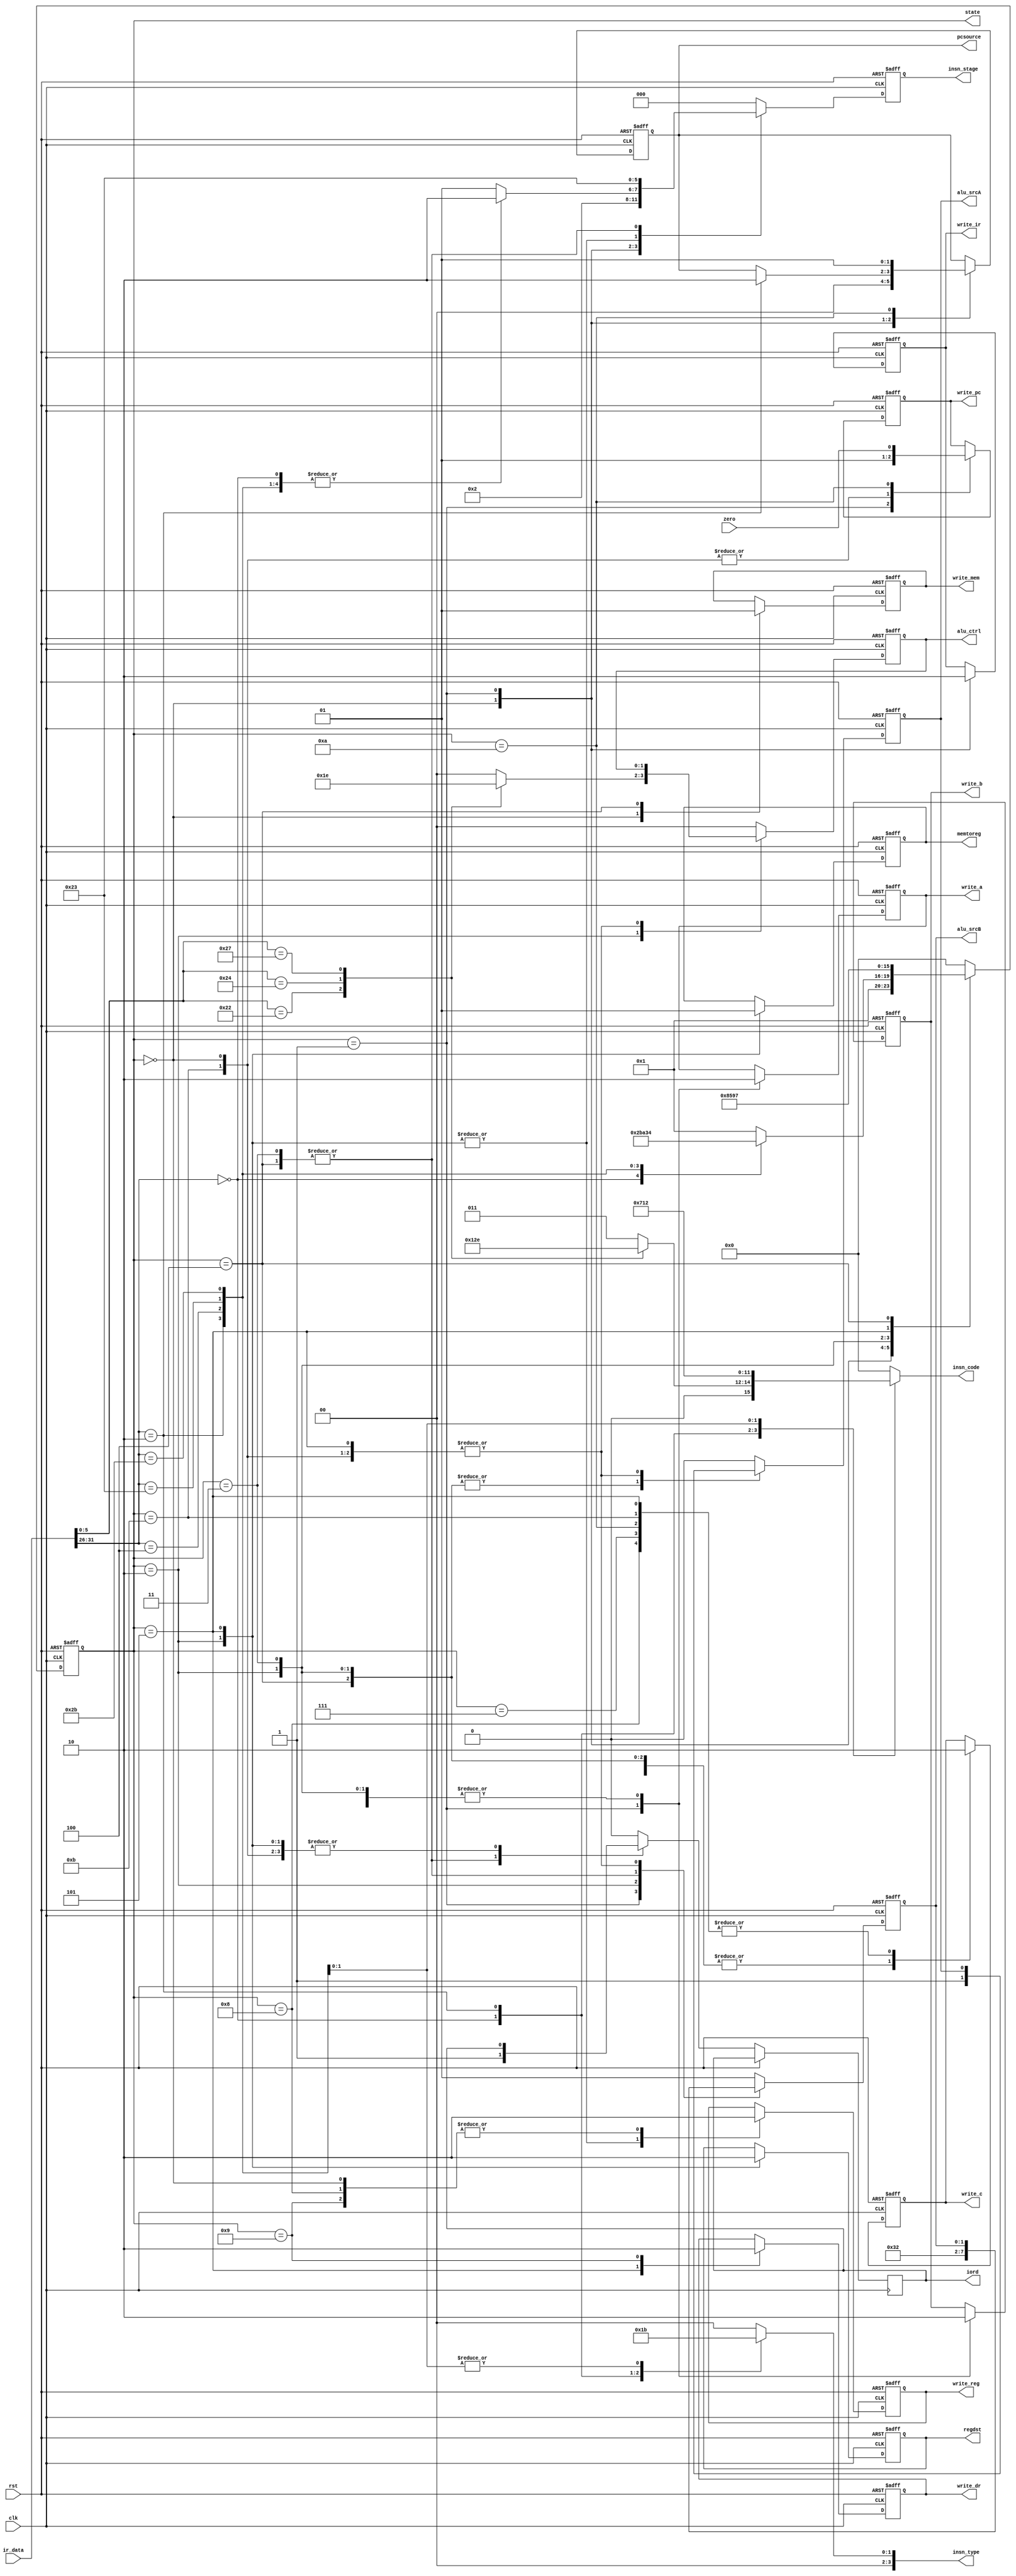
`timescale 1ns / 1ps
//////////////////////////////////////////////////////////////////////////////////
// Company: 
// Engineer: 
// 
// Design Name: 
// Module Name:    ctrl 
// Project Name: 
// Target Devices: 
// Tool versions: 
// Description: 
//
// Dependencies: 
//
// Revision: 
// Revision 0.01 - File Created
// Additional Comments: 
//
//////////////////////////////////////////////////////////////////////////////////
module ctrl(clk, rst, ir_data, zero,
	write_pc, iord, write_mem, write_dr, write_ir, memtoreg, regdst, 
	pcsource, write_c, alu_ctrl, alu_srcA, alu_srcB, write_a, write_b, write_reg,
	state, insn_type, insn_code, insn_stage);  

	parameter IF = 4'b0000, ID = 4'b0001, EX_R = 4'b0010, 
		EX_LD = 4'b0011, EX_ST = 4'b0100, MEM_RD = 4'b0101, 
		MEM_ST = 4'b0111, WB_R = 4'b1000, WB_LS = 4'b1001, EX_BEQ = 4'b1010, EX_J = 4'b1011, OTHER = 4'b1111;
	
	parameter ADD = 2'b00, SUB = 2'b01, AND = 2'b11, NOR = 2'b10;     						
	parameter LED_IF = 4'b0001, LED_ID = 4'b0010, LED_EX = 4'b0011,
		LED_MEM =4'b0100, LED_WB = 4'b0101;    					
				 
	parameter LED_R = 4'b0001, LED_J = 4'b0010, LED_I = 4'b0011, LED_N = 4'b0000;   		
	parameter LED_LD = 4'b0001, LED_ST = 4'b0010, LED_AD = 4'b0011,
		LED_SU = 4'b0100, LED_AN = 4'b0101, LED_NO = 4'b0110,
		LED_JP = 4'b0111, LED_NI = 4'b0000;  									
	
	parameter STAGE_IF = 3'b000, STAGE_ID = 3'b001, STAGE_EXE = 010,
		STAGE_WB = 3'b100, STAGE_MEM = 3'b011;
	
		// input signals
	input        clk;
	input        rst;
	input [31:0] ir_data;
	input        zero;

	output		  write_pc;
	output        iord;
	output		  write_mem;
	output        write_dr;
	output        write_ir;
	output		  memtoreg;
	output        regdst;
	output [1:0]  pcsource;
	output        write_c;
	output [1:0]  alu_ctrl;
	output		  alu_srcA;
	output [1:0]  alu_srcB;
	output        write_a;
	output        write_b;
	output        write_reg;
	output [3:0]  state;
	output [3:0]  insn_type;
	output [3:0]  insn_code;
	output [2:0]  insn_stage;
	
	reg [3:0]  state;
	reg [3:0]  insn_type;
	reg [3:0]  insn_code;
	reg [2:0]  insn_stage;
	reg		  write_pc;
	reg        iord;
	reg		  write_mem;
	reg        write_dr;
	reg        write_ir;
	reg		  memtoreg;
	reg        regdst;
	reg [1:0]  pcsource;
	reg        write_c;
	reg [1:0]  alu_ctrl;
	reg		  alu_srcA;
	reg [1:0]  alu_srcB;
	reg        write_a;
	reg        write_b;
	reg        write_reg;		  
	
	initial begin
		state <= OTHER;
		write_pc <= 1'b0;
		write_mem <= 1'b0;
		write_dr <= 1'b0;
		write_ir <= 1'b0;
		memtoreg <= 1'b0;
		regdst <= 1'b0;
		pcsource <= 2'b00;
		write_c <= 1'b0;
		alu_ctrl <= 2'b00;
		alu_srcA <= 1'b0;
		alu_srcB <= 2'b01;
		write_a <= 1'b0;
		write_b <= 1'b0;
		write_reg <= 1'b0;
	end
	
	always @ (posedge clk or posedge rst)
	begin	
		if (rst == 1)
		begin
			state <= OTHER; 
			insn_stage <= STAGE_IF;
			
			write_pc <= 1'b0;
			write_mem <= 1'b0;
			write_dr <= 1'b0;
			write_ir <= 1'b0;
			memtoreg <= 1'b0;
			regdst <= 1'b0;
			pcsource <= 2'b00;
			write_c <= 1'b0;
			alu_ctrl <= 2'b00;
			alu_srcA <= 1'b0;
			alu_srcB <= 2'b01;
			write_a <= 1'b0;
			write_b <= 1'b0;
			write_reg <= 1'b0;
		end
		else 
	   case (state)
			IF: 
			begin
				write_reg <= 1'b0;
				write_mem <= 1'b0;
				
				write_pc <= 1'b1;
				write_ir <= 1'b1;
				pcsource <= 2'b00;
				
				state <= ID;
				insn_stage <= STAGE_ID;
			end
			
			ID:
			begin
				write_pc <= 1'b0;
				write_ir <= 1'b0;
				
				write_a <= 1'b1;
				write_b <= 1'b1;
				alu_srcA <= 1'b0;
				alu_srcB <= 2'b11;
				alu_ctrl <= ADD;
				write_c <= 1'b1;
				case (ir_data[31:26])
					6'b000000: 		// R type insn
					begin
						state <= EX_R;
						insn_stage <= STAGE_EXE;
					end
					6'b000010:    // Jump insn
					begin
						state <= EX_J;
						insn_stage <= STAGE_EXE;
						pcsource <= 2'b10;
					end
					6'b000100:    // Beq  insn
					begin
						state <= EX_BEQ;
						insn_stage <= STAGE_EXE;
					end
					6'b100011:   //Load
					begin
						state <= EX_LD;
						insn_stage <= STAGE_EXE;
					end
					6'b101011:   // Store
					begin
						state <= EX_ST;
						insn_stage <= STAGE_EXE;
					end
					default: 
					begin
					state <= ID;
					insn_stage <= STAGE_ID;
					end
				endcase
			end
			
			EX_R:          	// Excution of R-type
			begin
				write_a <= 1'b0;
				write_b <= 1'b0;
				
				alu_srcA <= 1'b1;
				alu_srcB <= 2'b00;
				write_c <= 1'b1;
				case(ir_data[5:0])
					6'b100000: alu_ctrl <= ADD;
					6'b100010: alu_ctrl <= SUB;
					6'b100100: alu_ctrl <= AND;
					6'b100111: alu_ctrl <= NOR;
					default:   alu_ctrl <= ADD;
				endcase
				state <= WB_R;
				insn_stage <= STAGE_WB;
				
				memtoreg <= 1'b0;
				write_reg <= 1'b1;
				regdst <= 1'b1;				
			end
			
			WB_R:
			begin
				write_c <= 1'b0;
				
				state <= IF;
				insn_stage <= STAGE_IF;
				iord <= 1'b0;
				alu_srcA <= 1'b0;
				alu_srcB <= 2'b01;
				alu_ctrl <= ADD;
				
				////
				write_reg <= 1'b0;
			end
			
			EX_LD: 
			begin
			write_a <= 1'b0;
			write_b <= 1'b0;
			
		 	iord <= 1'b1; 
			alu_srcA <= 1'b1;
			alu_srcB <= 2'b10;
			alu_ctrl <= ADD;
			write_c <= 1'b1;
			state <= MEM_RD;
			insn_stage <= STAGE_MEM;
			end
			
			MEM_RD:
			begin
			// iord <= 1'b1;
				write_c <= 1'b0;
				
				write_dr <= 1'b1;
				state <= WB_LS;
				insn_stage <= STAGE_WB;
				
				write_reg <= 1'b1;
				memtoreg <= 1'b1;
				regdst <= 1'b0;
			end
			
			WB_LS:
			begin
				write_dr <= 1'b0;
				
				state <= IF;
				insn_stage <= STAGE_IF;
				iord <= 1'b0;
				alu_srcA <= 1'b0;
				alu_srcB <= 2'b01;
				alu_ctrl <= ADD;
				
				////
				write_reg <= 1'b0;
				//memtoreg <= 1'b0;
			end
			
			EX_ST:
			begin
				write_a <= 1'b0;
				write_b <= 1'b0;
				
				iord <= 1'b1;
 				alu_srcA <= 1'b1;
				alu_srcB <= 2'b10;
				alu_ctrl <= ADD;
				write_mem <= 1'b1;
								
				write_c <= 1'b1;
				state <= MEM_ST;
				insn_stage <= STAGE_MEM;
			end
			
			MEM_ST:
			begin
		 	//	iord <= 1'b1;
				write_c <= 1'b0;

				state <= IF; 
				insn_stage <= STAGE_IF;
				iord <= 1'b0;
				alu_srcA <= 1'b0;
				alu_srcB <= 2'b01;
				alu_ctrl <= ADD;
			end
			
			EX_J:
			begin
			   write_a <= 1'b0;
				write_b <= 1'b0;
				write_c <= 1'b0;
				
				write_pc <= 1'b1;
				state <= IF; 
				insn_stage <= STAGE_IF;
			end
			
			EX_BEQ:
			begin
				write_a <= 1'b0;
				write_b <= 1'b0;
				write_c <= 1'b0;
				
				alu_srcA <= 1'b1;
				alu_srcB <= 2'b00;
				alu_ctrl <= SUB;
				pcsource <= 2'b01;
				write_pc <= zero;
				state <= IF; 
				insn_stage <= STAGE_IF;
				iord <= 1'b0;
				alu_srcA <= 1'b0;
				alu_srcB <= 2'b01;
				alu_ctrl <= ADD;
			end
			
			default: 
			begin
				state <= IF;
				insn_stage <= STAGE_IF;
				iord <= 1'b0;
				alu_srcA <= 1'b0;
				alu_srcB <= 2'b01;
				alu_ctrl <= ADD;
			end
		endcase
	end
					
	always @ (ir_data)
		case (ir_data[31:26])
			6'b000000: 	// R type insn
			begin
			case(ir_data[5:0])
			6'b100000: insn_code <= LED_AD;
			6'b100010: insn_code <= LED_SU;
			6'b100100: insn_code <= LED_AN;
			6'b100111: insn_code <= LED_NO;
			default:   insn_code <= LED_AD;
			endcase
			insn_type <= LED_R;
			end
			6'b000010:   // Jump insn
			begin
				insn_code <= LED_JP;
				insn_type <= LED_J;
			end
			6'b100011:   //Load
			begin
				insn_code <= LED_LD;
				insn_type <= LED_I;
			end
			6'b101011:   // Store
			begin
				insn_code <= LED_ST;
				insn_type <= LED_I;
			end
			default: 
			begin
				insn_type <= LED_N;
				insn_code <= LED_NI;
			end
		endcase
endmodule